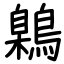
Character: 鷍